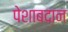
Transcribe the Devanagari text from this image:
पेशाबदान